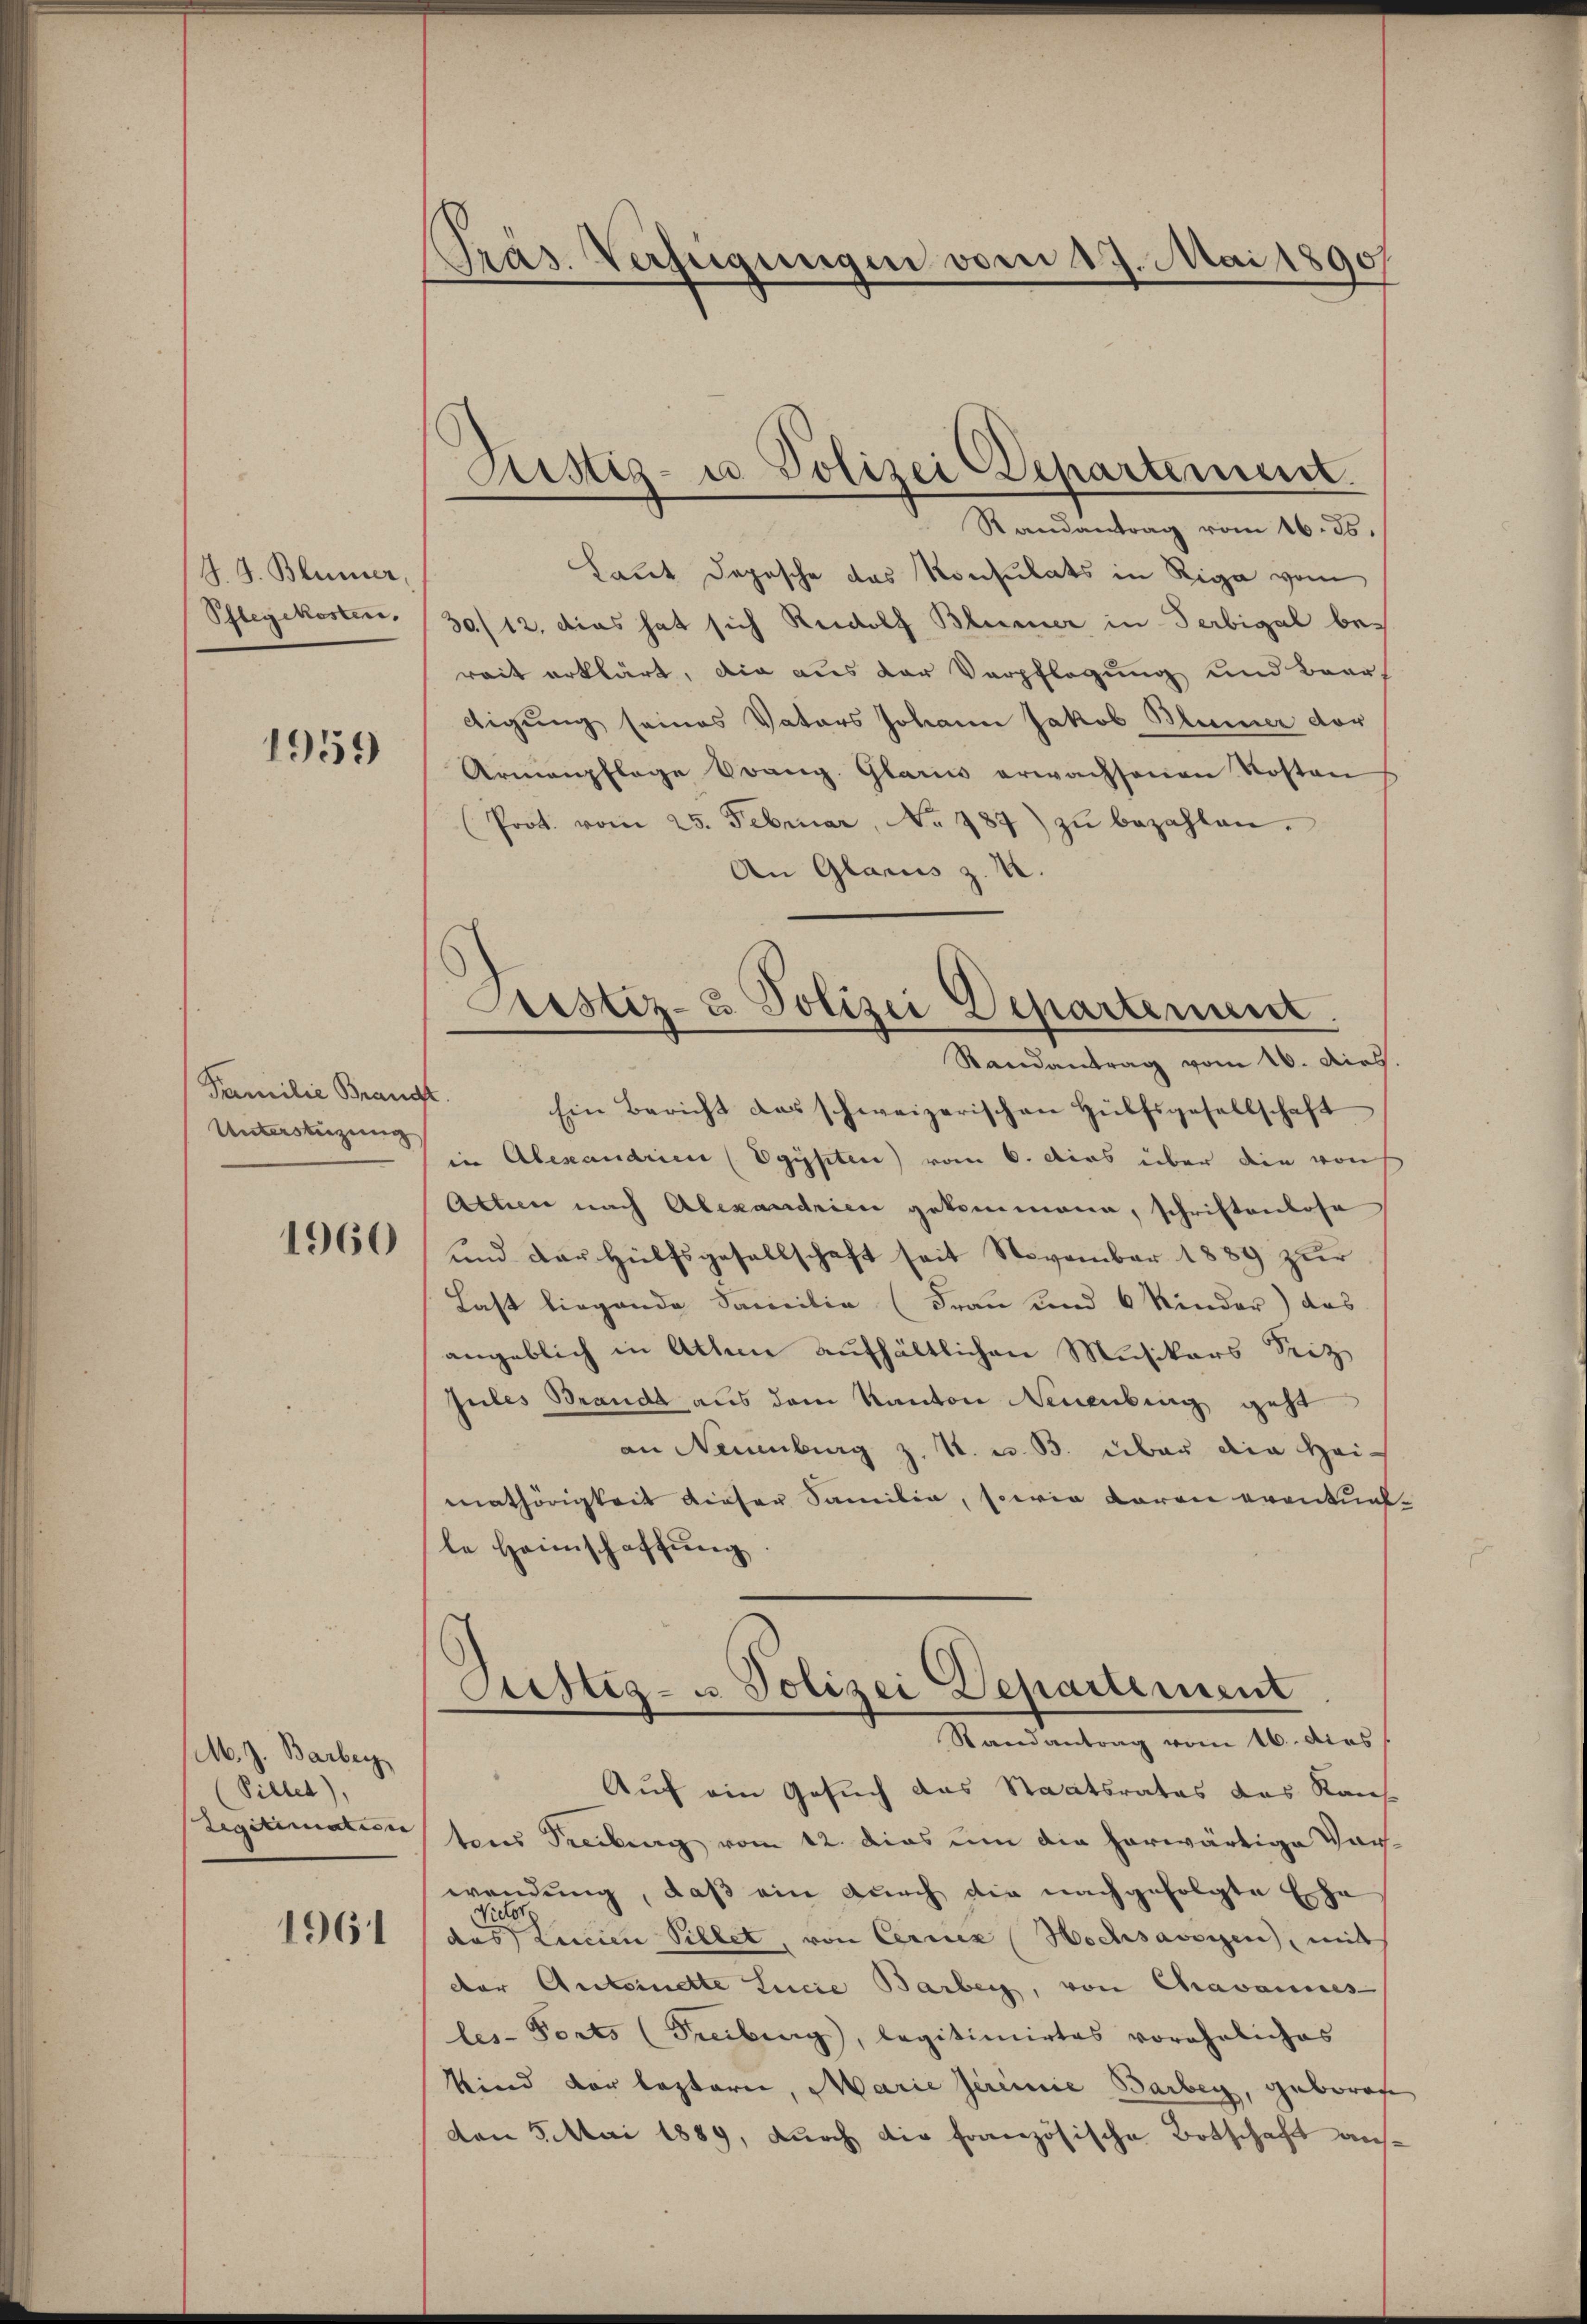
J. J. Blümer,
Phlegekosten,

1959

Familie Brandt.
Unterstüzung

1960

M. J. Barbey
(Pillet),
Legitimation |

1961

Präs. Verfügungen vom 17. Mai 1890

Justiz- u Polizei Departement.

Randantrag vom 16. ds.
Laut Depesche das Konsulats in Riga vom
30/12. das hat sich Rudolf Blumer in Serbigal bereit erklärt, die aus der Verpflegung und Baars
digung seines Vaters Johann Jakob Blümer der
Armenpflege Orang. Glarii erwachsenen Kosten
(Prot. vom 25. Februar, No 1787 zŭ bezahlen.
An Glarus z. B.
Ein Bericht des schweizerischen Hülfsgesellschaft
in Alexandrien (Egypten) vom 6. dies über die von
Athen nach Alexandrien gekommene, schriftenlose
und der Hülfsgesellschaft seit November 1889 zur
Last liegende Familie (Frau und 6 Kinder) das
angeblich in Alten aufhältlichen Musikars Seiz
Jules Branda aus dem Kanton Neuenburg geht
an Neuenburg z. B. u. B. über die Heimathörigkeit dieser Samilie, sowie daran eventualle Heimschaffung
Custiz- u. Polizei Departement
Randantrag vom 16. dies
Auf ein Gesuch das Staatsrates das Kauf
tens Freiburg vom 12. dies um die herwärtige Vorwendung, daß ein durch die nachgefolgte Ehe
Victor,
das Leicien Pillet, von Cerner Hochsässigen, mit
der Antoinette Lucia Barberg, von Chavannes
les-Forts (Freiburg, legitimirtes voreheliches
Kind der leztern, Marie Gerinie Barbey, geboren
den 5. Mai 1889, durch die französische Botschaft aus¬

Justiz- & Polizei Departenant
Randantrag vom 16. dies.